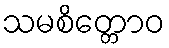
သမစိတ္တောဝ